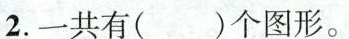
2.一共有（ ）个图形。